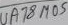
Text: UA78M05